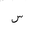
Letter: _sin